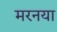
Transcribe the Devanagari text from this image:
मरनया